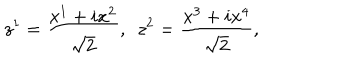
z ^ { 1 } = { \frac { x ^ { 1 } + i x ^ { 2 } } { \sqrt { 2 } } } , ~ ~ z ^ { 2 } = { \frac { x ^ { 3 } + i x ^ { 4 } } { \sqrt { 2 } } } ,